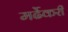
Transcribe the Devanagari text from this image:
मर्ढेकरी